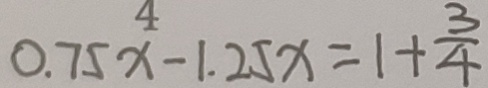
0 . 7 5 x - 1 . 2 5 x = 1 + \frac { 3 } { 4 }